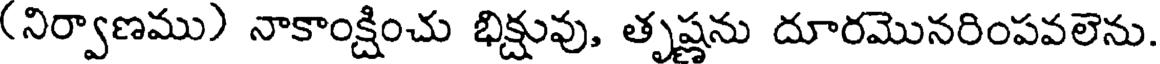
(నిర్వాణము) నాకాంక్షించు భిక్షువు, తృష్ణను దూరమొనరింపవలెను